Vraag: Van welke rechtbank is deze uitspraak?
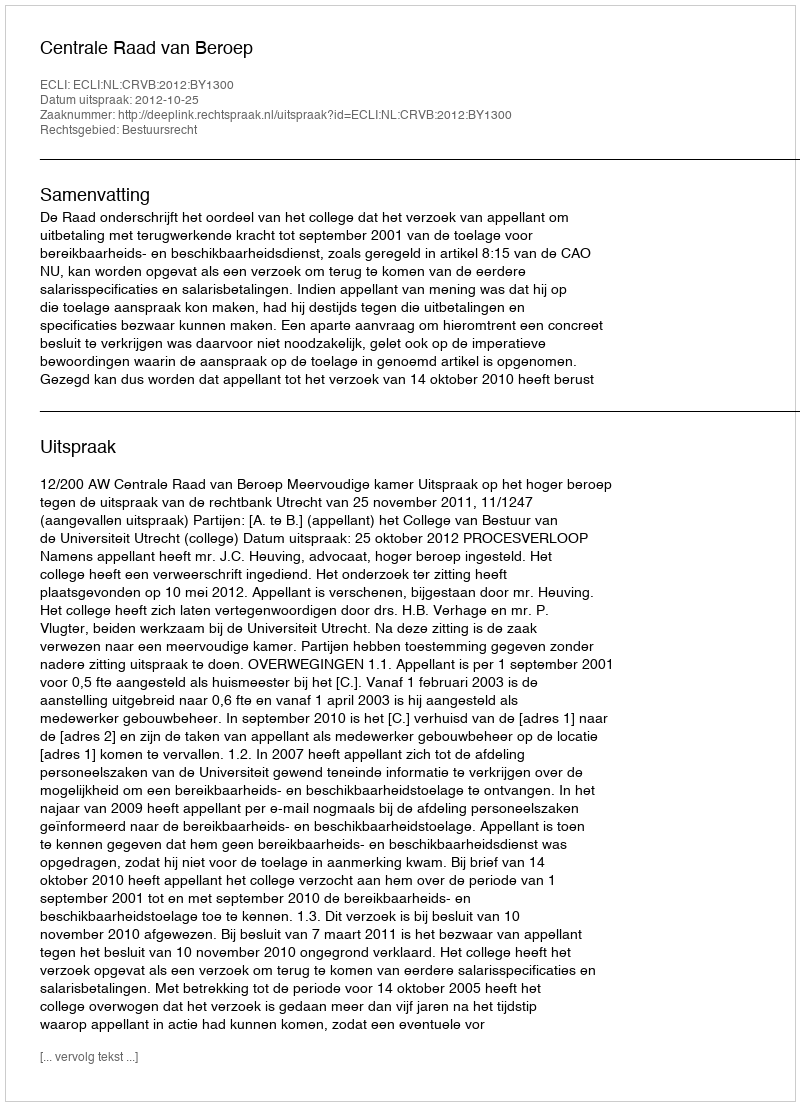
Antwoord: Centrale Raad van Beroep